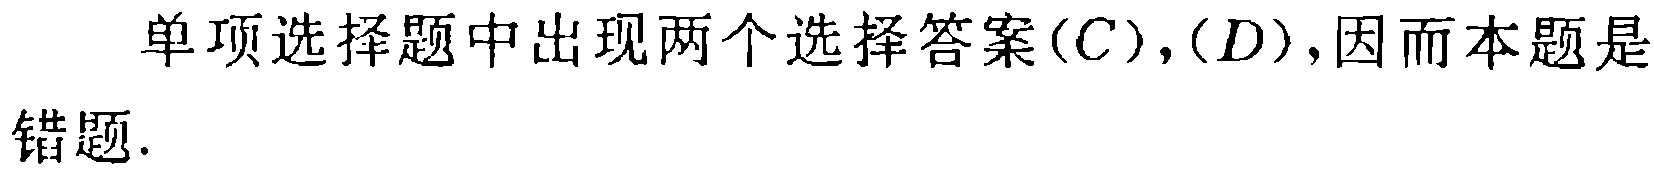
单项选择题中出现两个选择答案$(C),(D),因而本题是错题.$